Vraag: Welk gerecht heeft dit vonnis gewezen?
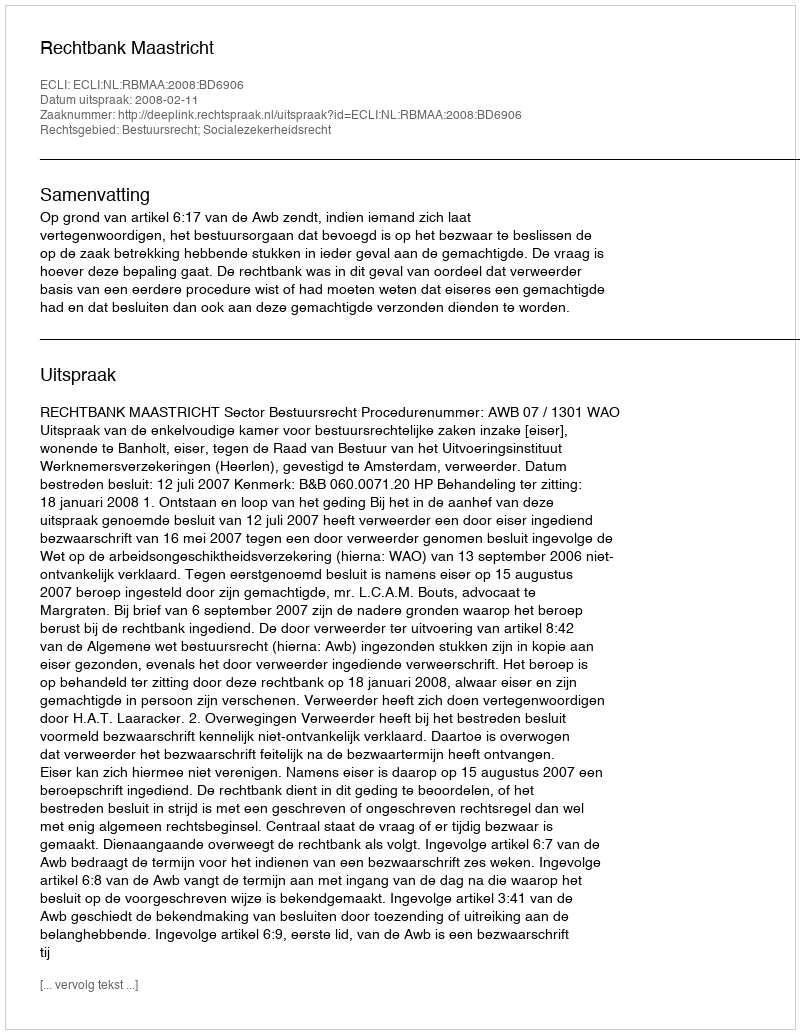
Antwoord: Rechtbank Maastricht